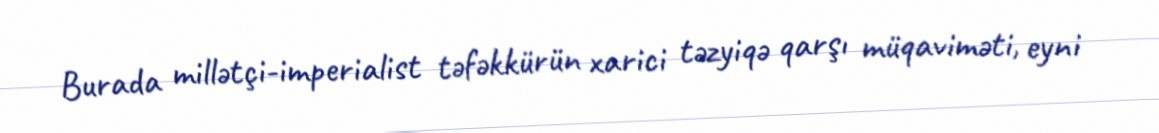
Burada millətçi-imperialist təfəkkürün xarici təzyiqə qarşı müqaviməti, eyni